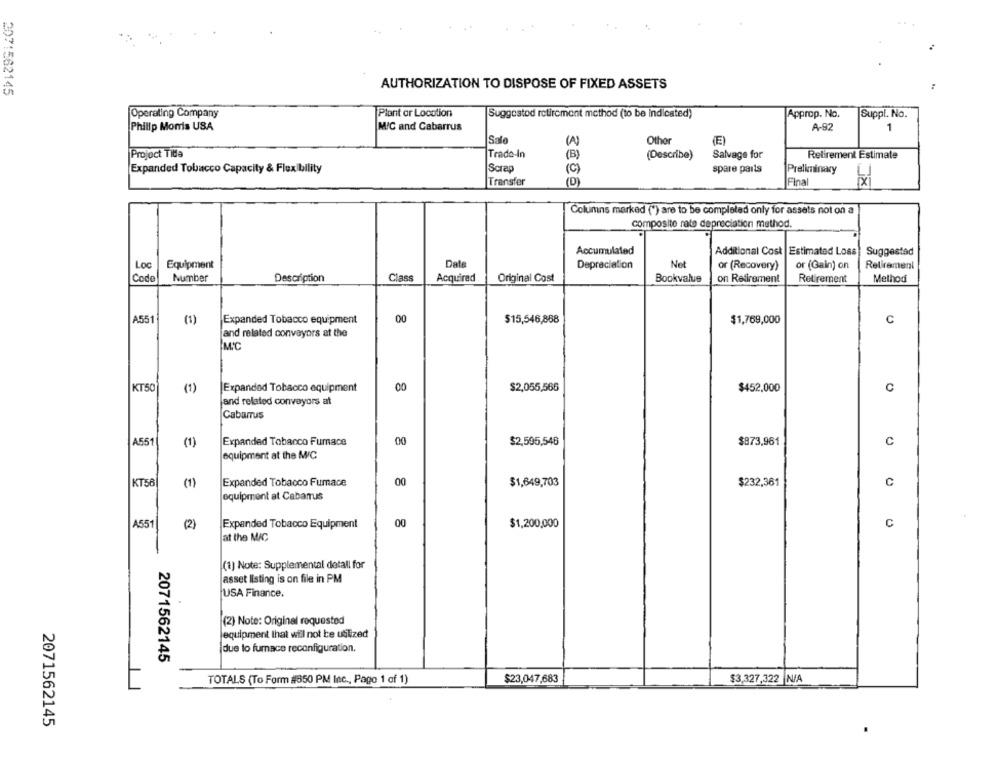
2071562145
AUTHORIZATION TO DISPOSE OF FIXED ASSETS
Operating Company
Plant or Location
Suggestod retirement method (to be Indicated)
Approp. No.
Suppl. No.
Philip Morris USA
M/C and Cabarrus
A-92
1
Sale
Other
(E)
Trado-In
Project Tila
(B)
(Describe)
Salvage for
Retirement Estimate
Scrap
spare parts
Expanded Tobacco Capacity & Flexibility
(C)
Preliminary
Transfer
(D)
Final
×
Columns marked (*) are to be completed only for assets not on a
composite rate depreciation method.
Accumulated
Additional Cost Estimated Loss
Suggested
Loc
Equipment
Date
Depreciation
Net
or (Recovery)
or (Gain) on
Retirement
Codo
Number
Description
Class
Acquired
Original Cost
Bookvalue
on Retirement
Retirement
Method
A551
(1)
Expanded Tobacco equipment
00
$15,546,868
$1,769,000
C
and related conveyors at the
M.C
KT5
(1)
Expanded Tobacco equipment
00
$2,055,566
$452.000
C
and related conveyors at
Cabarrus
A551
Expanded Tobacco Furnace
00
$2,595,546
$873,961
C
(1)
equipment at the M/C
KT56
(1)
Expanded Tobacco Furnace
00
$1,649,703
$232,361
C
equipment at Cabarrus
A551
(2)
Expanded Tobacco Equipment
00
$1,200,000
C
at the MIC
(1) Note: Supplemental detall for
asset listing is on file in PM
USA Finance.
(2) Note: Original requested
equipment that will not be utilized
due lo furnace reconfiguration.
2071562145
TOTALS (To Form #850 PM Inc ., Pago 1 of 1)
$23,047,683
$3,327,322 N/A
2071562145